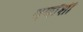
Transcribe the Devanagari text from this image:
वर्णांशी